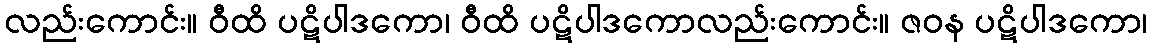
လည်းကောင်း။ ဝီထိ ပဋိပါဒကော၊ ဝီထိ ပဋိပါဒကောလည်းကောင်း။ ဇဝန ပဋိပါဒကော၊